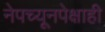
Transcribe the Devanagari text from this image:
नेपच्यूनपेक्षाही